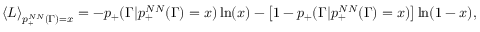
\left< L \right> _ { p _ { + } ^ { N N } ( \Gamma ) = x } = - p _ { + } ( \Gamma | p _ { + } ^ { N N } ( \Gamma ) = x ) \ln ( x ) - \left[ 1 - p _ { + } ( \Gamma | p _ { + } ^ { N N } ( \Gamma ) = x ) \right] \ln ( 1 - x ) ,